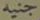
جنيه